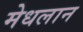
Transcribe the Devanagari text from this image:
मेधलान